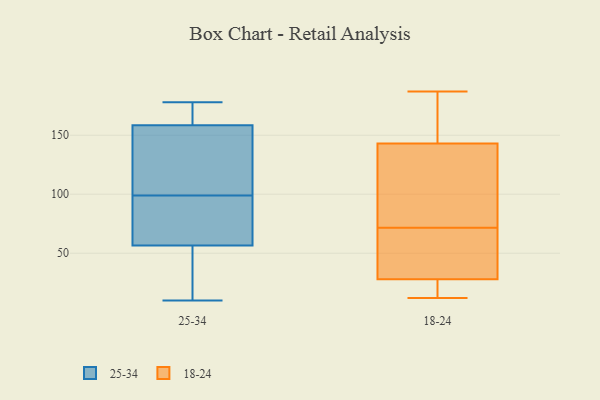
{"axis": {"x": "Tickets Resolved", "y": "Value"}, "legend": ["18-24", "25-34"], "data": [{"x": "", "y": 52, "type": "25-34"}, {"x": "", "y": 103, "type": "25-34"}, {"x": "", "y": 10, "type": "25-34"}, {"x": "", "y": 68, "type": "25-34"}, {"x": "", "y": 168, "type": "25-34"}, {"x": "", "y": 94, "type": "25-34"}, {"x": "", "y": 23, "type": "25-34"}, {"x": "", "y": 115, "type": "25-34"}, {"x": "", "y": 13, "type": "25-34"}, {"x": "", "y": 139, "type": "25-34"}, {"x": "", "y": 149, "type": "25-34"}, {"x": "", "y": 172, "type": "25-34"}, {"x": "", "y": 95, "type": "25-34"}, {"x": "", "y": 61, "type": "25-34"}, {"x": "", "y": 178, "type": "25-34"}, {"x": "", "y": 173, "type": "25-34"}, {"x": "", "y": 73, "type": "18-24"}, {"x": "", "y": 120, "type": "18-24"}, {"x": "", "y": 70, "type": "18-24"}, {"x": "", "y": 12, "type": "18-24"}, {"x": "", "y": 143, "type": "18-24"}, {"x": "", "y": 33, "type": "18-24"}, {"x": "", "y": 28, "type": "18-24"}, {"x": "", "y": 18, "type": "18-24"}, {"x": "", "y": 187, "type": "18-24"}, {"x": "", "y": 179, "type": "18-24"}]}